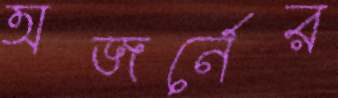
অজর্নের